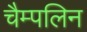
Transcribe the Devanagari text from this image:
चैम्पलिन